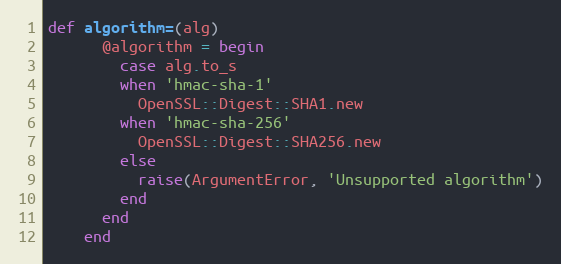
Language: Ruby
def algorithm=(alg)
      @algorithm = begin
        case alg.to_s
        when 'hmac-sha-1'
          OpenSSL::Digest::SHA1.new
        when 'hmac-sha-256'
          OpenSSL::Digest::SHA256.new
        else
          raise(ArgumentError, 'Unsupported algorithm')
        end
      end
    end